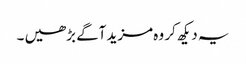
یہ دیکھ کر وہ مزید آگے بڑھیں ۔